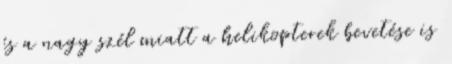
és a nagy szél miatt a helikopterek bevetése is